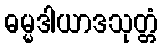
ဓမ္မဒါယာဒသုတ္တံ